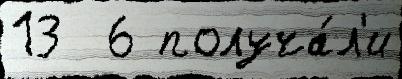
13  6 получа́л'и